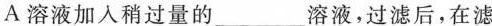
A溶液加入稍过量的___溶液，过滤后，在滤